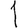
Digit: 1